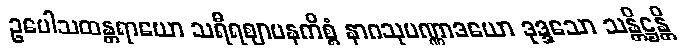
ဥပေါသထန္တရာယော သရီရဈာပနကိစ္စံ နာဂသုပဏ္ဏာဒယော ဒုဒ္ဒသော သန္တိဋ္ဌန္တိ